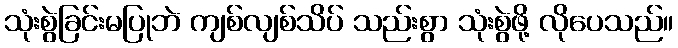
သုံးစွဲခြင်းမပြုဘဲ ကျစ်လျစ်သိပ် သည်းစွာ သုံးစွဲဖို့ လိုပေသည်။